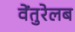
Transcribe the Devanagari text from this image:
वेंतुरेलब